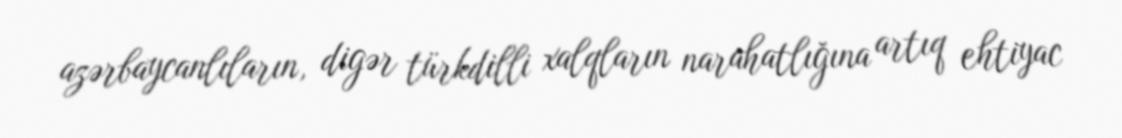
azərbaycanlıların, digər türkdilli xalqların narahatlığına artıq ehtiyac